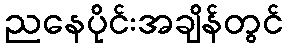
ညနေပိုင်းအချိန်တွင်